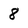
Character: 8